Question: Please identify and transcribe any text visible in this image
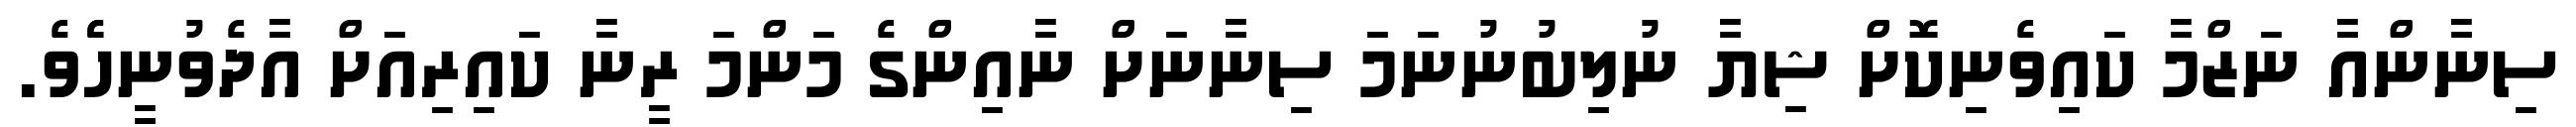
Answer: ސިނާންއާ ނަޒްމާ ކައިވެނިކޮށް ޝިޔާ ނުލިބުނުނަމަ ސިނާނަށް ނާއިންގެ މަންމަ ރީނާ ކައިރިއަށް އާދެވުނީހެެވެ.